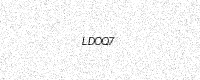
Text: LDOQ7